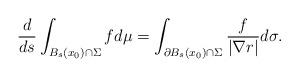
LaTeX: \begin{align*} \frac{d}{ds}\int_{B_s(x_0)\cap \Sigma} fd\mu=\int_{\partial B_{s}(x_0)\cap \Sigma}\frac{f}{|\nabla r|}d\sigma.\end{align*}